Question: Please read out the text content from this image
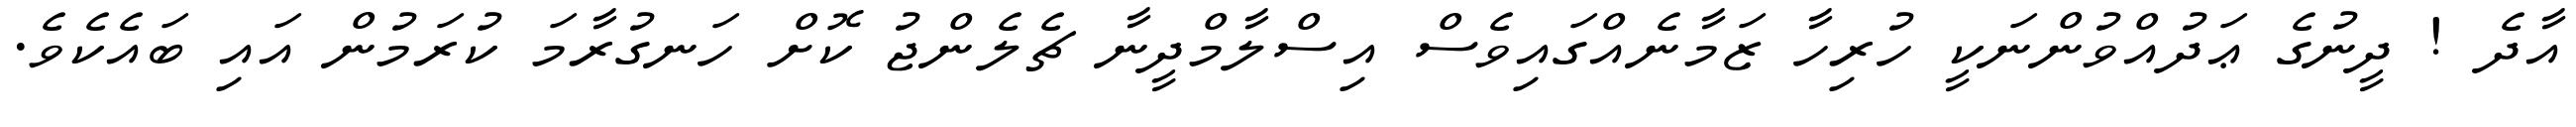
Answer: އާދެ ! ދީނުގެ ޢަދުއްވުންނަކީ ހުރިހާ ޒަމާނެއްގައިވެސް އިސްލާމްދީނާ ޗެލެންޖު ކޮށް ހަނގުރާމަ ކުރަމުން އައި ބައެކެވެ.